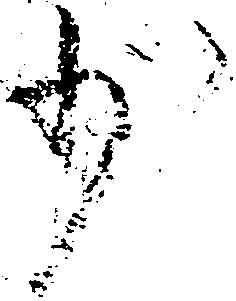
少